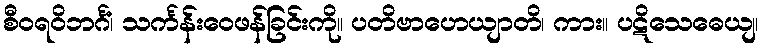
စီဝရဝိဘင်္ဂံ၊ သင်္ကန်းဝေဖန်ခြင်းကို။ ပတိဗာဟေယျာတိ၊ ကား။ ပဋိသေဓေယျ၊